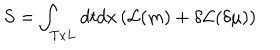
S = \int _ { T \textrm { x } L } d t d x \left( { \cal { \mathcal { L } } } ( m ) + \delta { \cal { \mathcal { L } } } ( \delta \mu ) \right)